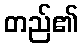
တည်၏